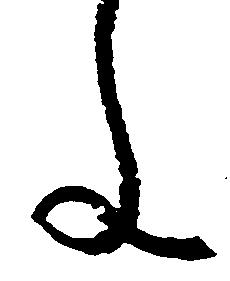
文